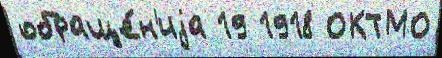
обраще́н'иjа 19 1918 ОКТМО